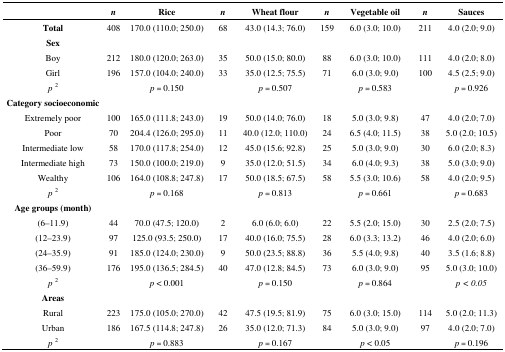
<table><thead><tr><td></td><td><b><i>n</i></b></td><td><b>Rice</b></td><td><b><i>n</i></b></td><td><b>Wheat flour</b></td><td><b><i>n</i></b></td><td><b>Vegetable oil</b></td><td><b><i>n</i></b></td><td><b>Sauces</b></td></tr></thead><tbody><tr><td>Total</td><td>408</td><td>170.0 (110.0; 250.0)</td><td>68</td><td>43.0 (14.3; 76.0)</td><td>159</td><td>6.0 (3.0; 10.0)</td><td>211</td><td>4.0 (2.0; 9.0)</td></tr><tr><td>Sex</td><td></td><td></td><td></td><td></td><td></td><td></td><td></td><td></td></tr><tr><td>Boy</td><td>212</td><td>180.0 (120.0; 263.0)</td><td>35</td><td>50.0 (15.0; 80.0)</td><td>88</td><td>6.0 (3.0; 10.0)</td><td>111</td><td>4.0 (2.0; 8.0)</td></tr><tr><td>Girl</td><td>196</td><td>157.0 (104.0; 240.0)</td><td>33</td><td>35.0 (12.5; 75.5)</td><td>71</td><td>6.0 (3.0; 9.0)</td><td>100</td><td>4.5 (2.5; 9.0)</td></tr><tr><td><i>p </i><sup>2</sup></td><td></td><td><i>p</i> = 0.150</td><td></td><td><i>p</i> = 0.507</td><td></td><td><i>p</i> = 0.583</td><td></td><td><i>p</i> = 0.926</td></tr><tr><td><b>Category socioeconomic</b></td><td></td><td></td><td></td><td></td><td></td><td></td><td></td><td></td></tr><tr><td>Extremely poor</td><td>100</td><td>165.0 (111.8; 243.0)</td><td>19</td><td>50.0 (14.0; 76.0)</td><td>18</td><td>5.0 (3.0; 9.8)</td><td>47</td><td>4.0 (2.0; 7.0)</td></tr><tr><td>Poor</td><td>70</td><td>204.4 (126.0; 295.0)</td><td>11</td><td>40.0 (12.0; 110.0)</td><td>24</td><td>6.5 (4.0; 11.5)</td><td>38</td><td>5.0 (2.0; 10.5)</td></tr><tr><td>Intermediate low</td><td>58</td><td>170.0 (117.8; 254.0)</td><td>12</td><td>45.0 (15.6; 92.8)</td><td>25</td><td>5.0 (3.0; 9.0)</td><td>30</td><td>6.0 (2.0; 8.3)</td></tr><tr><td>Intermediate high</td><td>73</td><td>150.0 (100.0; 219.0)</td><td>9</td><td>35.0 (12.0; 51.5)</td><td>34</td><td>6.0 (4.0; 9.3)</td><td>38</td><td>5.0 (3.0; 9.0)</td></tr><tr><td>Wealthy</td><td>106</td><td>164.0 (108.8; 247.8)</td><td>17</td><td>50.0 (18.5; 67.5)</td><td>58</td><td>5.5 (3.0; 10.6)</td><td>58</td><td>4.0 (2.0; 9.5)</td></tr><tr><td><i>p </i><sup>2</sup></td><td></td><td><i>p</i> = 0.168</td><td></td><td><i>p</i> = 0.813</td><td></td><td><i>p</i> = 0.661</td><td></td><td><i>p</i> = 0.683</td></tr><tr><td><b>Age groups (month)</b></td><td></td><td></td><td></td><td></td><td></td><td></td><td></td><td></td></tr><tr><td>(6–11.9)</td><td>44</td><td>70.0 (47.5; 120.0)</td><td>2</td><td>6.0 (6.0; 6.0)</td><td>22</td><td>5.5 (2.0; 15.0)</td><td>30</td><td>2.5 (2.0; 7.5)</td></tr><tr><td>(12–23.9)</td><td>97</td><td>125.0 (93.5; 250.0)</td><td>17</td><td>40.0 (16.0; 75.5)</td><td>28</td><td>6.0 (3.3; 13.2)</td><td>46</td><td>4.0 (2.0; 6.0)</td></tr><tr><td>(24–35.9) </td><td>91</td><td>185.0 (124.0; 230.0)</td><td>9</td><td>50.0 (23.5; 88.8)</td><td>36</td><td>5.5 (4.0; 9.8)</td><td>40</td><td>3.5 (1.6; 8.8)</td></tr><tr><td>(36–59.9)</td><td>176</td><td>195.0 (136.5; 284.5)</td><td>40</td><td>47.0 (12.8; 84.5)</td><td>73</td><td>6.0 (3.0; 9.0)</td><td>95</td><td>5.0 (3.0; 10.0)</td></tr><tr><td><i>p </i><sup>2</sup></td><td></td><td><i>p</i> &lt; 0.001</td><td></td><td><i>p</i> = 0.150</td><td></td><td><i>p</i> = 0.864</td><td></td><td><i>p &lt; 0.05</i></td></tr><tr><td><b>Areas</b></td><td></td><td></td><td></td><td></td><td></td><td></td><td></td><td></td></tr><tr><td>Rural</td><td>223</td><td>175.0 (105.0; 270.0)</td><td>42</td><td>47.5 (19.5; 81.9)</td><td>75</td><td>6.0 (3.0; 15.0)</td><td>114</td><td>5.0 (2.0; 11.3)</td></tr><tr><td>Urban</td><td>186</td><td>167.5 (114.8; 247.8)</td><td>26</td><td>35.0 (12.0; 71.3)</td><td>84</td><td>5.0 (3.0; 9.0)</td><td>97</td><td>4.0 (2.0; 7.0)</td></tr><tr><td><i>p </i><sup>2</sup></td><td></td><td><i>p</i> = 0.883</td><td></td><td><i>p</i> = 0.167</td><td></td><td><i>p</i> &lt; 0.05</td><td></td><td><i>p</i> = 0.196</td></tr></tbody></table>